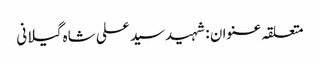
متعلقہ عنوان : شہیدسید علی شاہ گیلانی